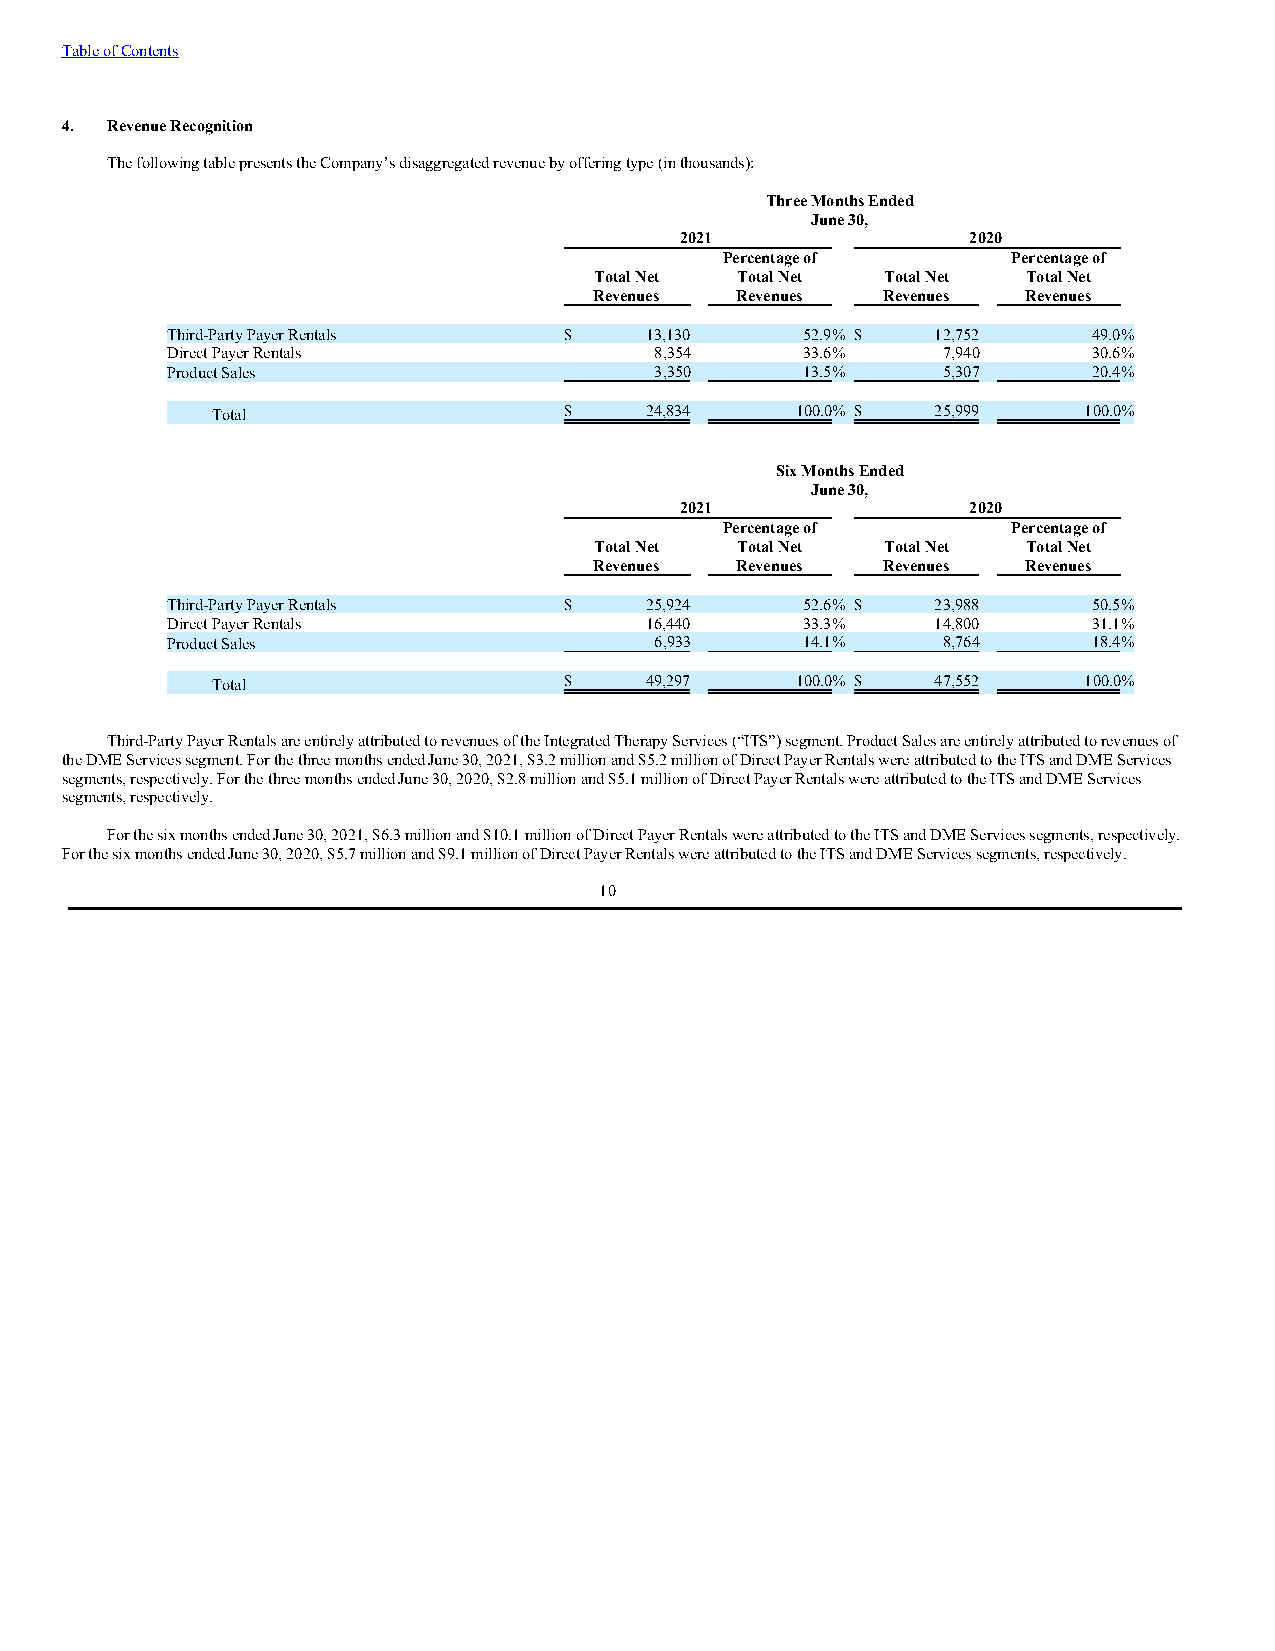
Table of Contents
 4. Revenue Recognition
 The following table presents the Company’s disaggregated revenue by offering type (in thousands):
 Three Months Ended
 June 30,
 2021               2020
 Percentage of      Percentage of
 Total Net Total Net Total Net Total Net
 Revenues  Revenues Revenues  Revenues
 Third-Party Payer Rentals $     13,130    52.9% $  12,752    49.0%
 Direct Payer Rentals            8,354     33.6%    7,940     30.6%
 Product Sales                   3,350     13.5%    5,307     20.4%
 Total                  $     24,834    100.0% $ 25,999    100.0%
 Six Months Ended
 June 30,
 2021               2020
 Percentage of      Percentage of
 Total Net Total Net Total Net Total Net
 Revenues  Revenues Revenues  Revenues
 Third-Party Payer Rentals $     25,924    52.6% $  23,988    50.5%
 Direct Payer Rentals            16,440    33.3%    14,800    31.1%
 Product Sales                   6,933     14.1%    8,764     18.4%
 Total                  $     49,297    100.0% $ 47,552    100.0%
 Third-Party Payer Rentals are entirely attributed to revenues of the Integrated Therapy Services (“ITS”) segment. Product Sales are entirely attributed to revenues of
 the DME Services segment. For the three months ended June 30, 2021, $3.2 million and $5.2 million of Direct Payer Rentals were attributed to the ITS and DME Services
 segments, respectively. For the three months ended June 30, 2020, $2.8 million and $5.1 million of Direct Payer Rentals were attributed to the ITS and DME Services
 segments, respectively.
 For the six months ended June 30, 2021, $6.3 million and $10.1 million of Direct Payer Rentals were attributed to the ITS and DME Services segments, respectively.
 For the six months ended June 30, 2020, $5.7 million and $9.1 million of Direct Payer Rentals were attributed to the ITS and DME Services segments, respectively.
 10